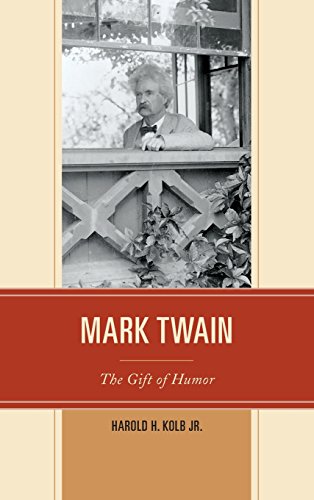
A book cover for Mark Twain: The Gift of Humor; Harold H., Jr. Kolb; Humor & Entertainment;